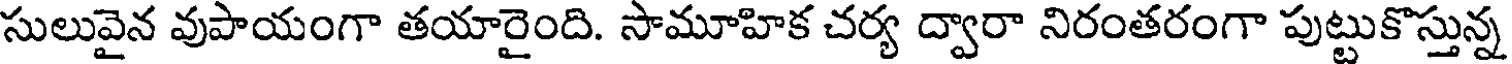
సులువైన వుపాయంగా తయారైంది. సామూహిక చర్య ద్వారా నిరంతరంగా పుట్టుకొస్తున్న